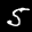
Label: 5